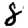
Digit: 8